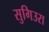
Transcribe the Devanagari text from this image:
सुगिउरा